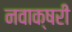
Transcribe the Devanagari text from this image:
नवाक्षरी